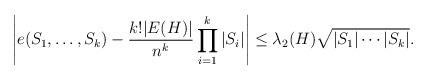
LaTeX: \begin{align*} \left| e(S_1, \dots, S_k) - \frac{k! |E(H)|}{n^k} \prod_{i=1}^k |S_i| \right| \leq \lambda_2(H) \sqrt{|S_1| \cdots |S_k|}. \end{align*}